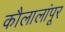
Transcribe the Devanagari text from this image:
कौलालांपूर